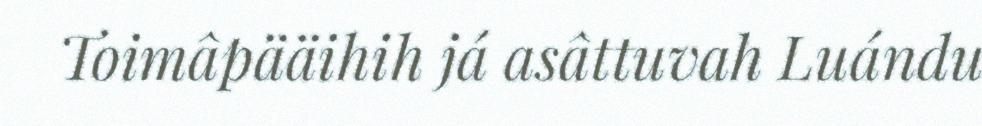
Toimâpääihih já asâttuvah Luándu